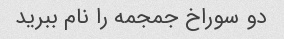
دو سوراخ جمجمه را نام ببرید